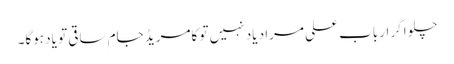
چلو اگر ارباب علی مراد یاد نہیں تو کامریڈ جام ساقی تو یاد ہوگا۔